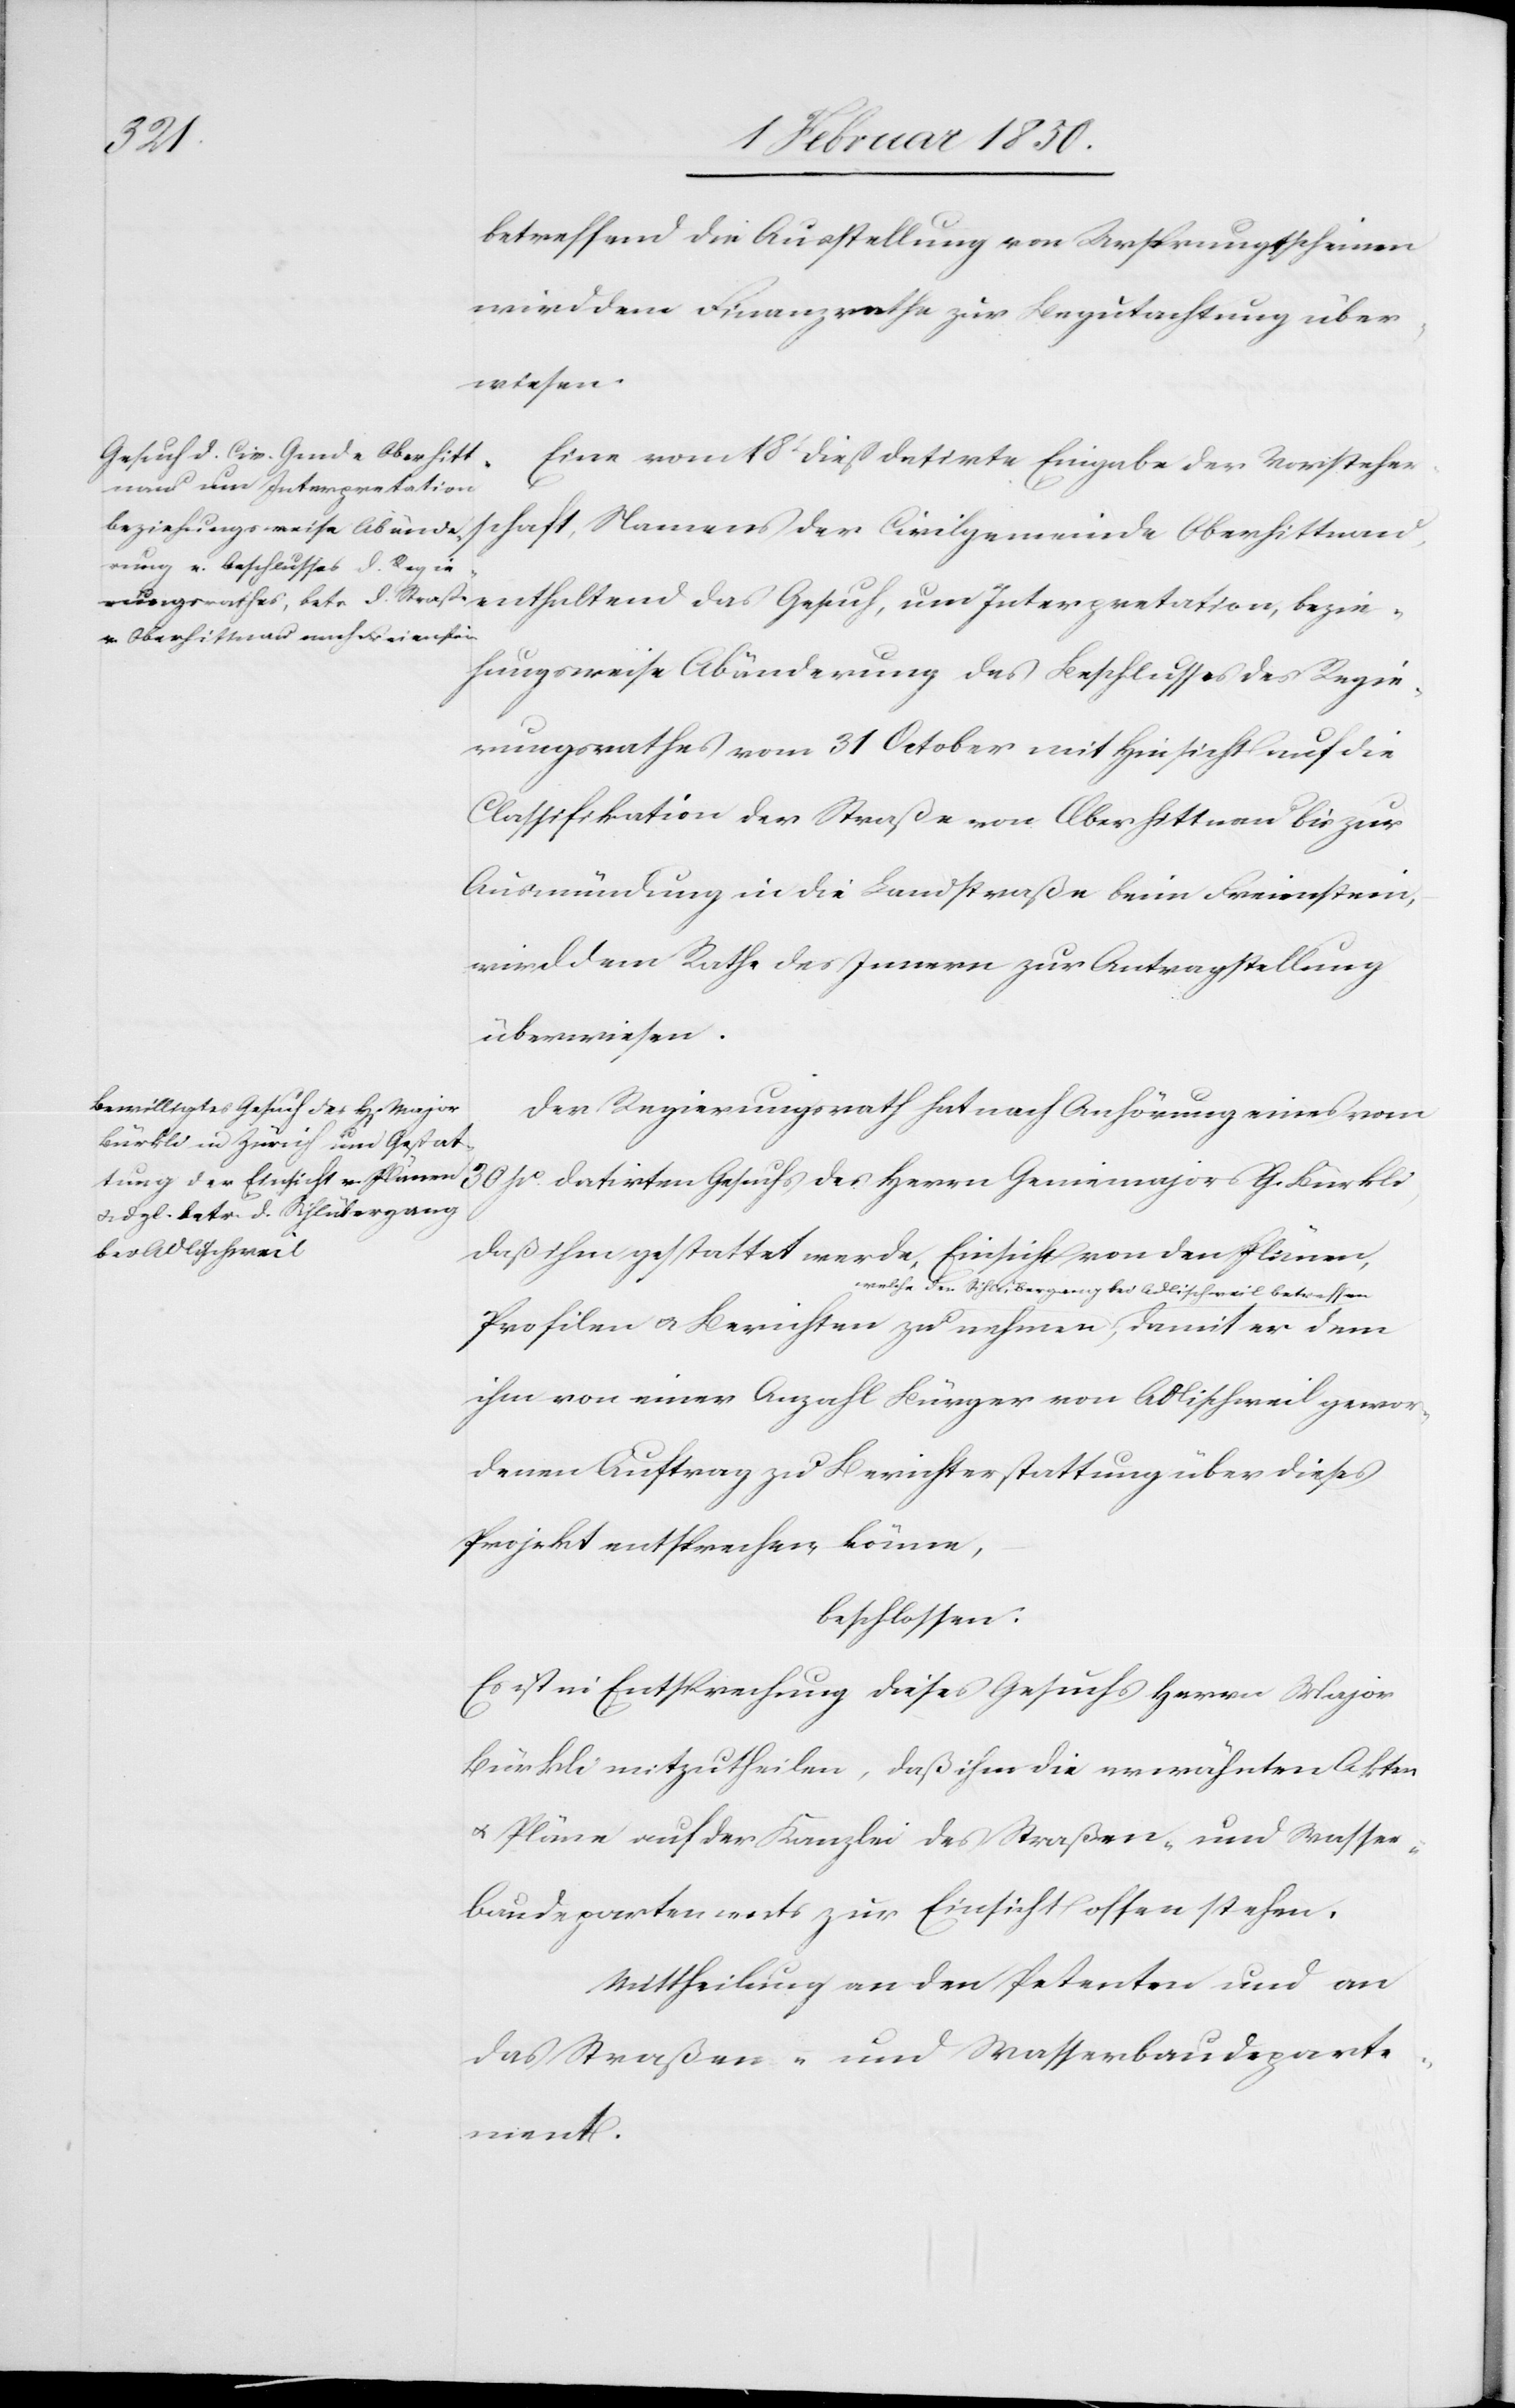
damit
betreffend die Ausstellung von Ursprungsscheinen
wird dem Finanzrathe zur Begutachtung über¬
wiesen.
Eine vom 18t dieß datirte Eingabe der Vorsteher¬
Gesuch, um Interpretation,
schaft, Namens der Civilgemeinde Oberhittnau,
hungsweise Abänderung des Beschlusses des Regie¬
rungsrathes vom 31 October mit Hinsicht auf die
Classifikation der Straße von Oberhittnau bis zur
Ausmündung in die Landstraße beim Freienstein,
wird dem Rathe des Innern zur Antragstellung
überwiesen.
Der Regierungsrath hat nach Anhörung eines vom
bei Adlischweil
daß ihm gestattet werde, Einsicht von den Plänen,
Profilen u. Berichten zu nehmen, welche den
ihm von einer Anzahl Bürger von Adlischweil gewor¬
denen Auftrag zu Berichterstattung über dieses
Projekt entsprechen könne,
beschlossen:
Es ist in Entsprechung dieses Gesuchs Herrn Major
Bürkli mitzutheilen, daß ihm die erwähnten Akten
u. Pläne auf der Kanzlei des Straßen- und Wasser¬
baudepartements zur Einsicht offen stehen.
Mittheilung an den Petenten und an
das Straßen- und Wasserbaudeparte¬
ment.